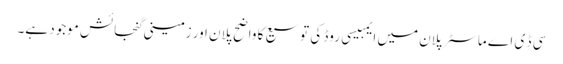
سی ڈ ی اے ماسٹر پلان میں ایمبیسی روڈ کی توسیع کا واضح پلان اور زمینی گنجائش موجود ہے۔